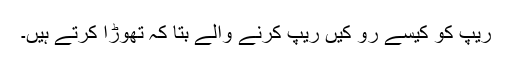
ریپ کو کیسے رو کیں ریپ کرنے والے بتا کہ تھوڑا کرتے ہیں۔